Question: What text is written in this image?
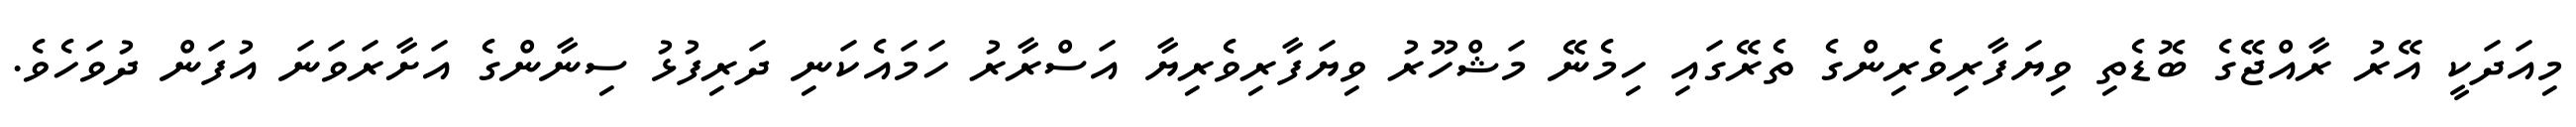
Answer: މިއަދަކީ އޭރު ރާއްޖޭގެ ބޮޑެތި ވިޔަފާރިވެރިންގެ ތެރޭގައި ހިމެނޭ މަޝްހޫރު ވިޔަފާރިވެރިޔާ އަސްރާރު ހަމައެކަނި ދަރިފުޅު ސިނާންގެ އަށާރަވަނަ އުފަން ދުވަހެވެ.